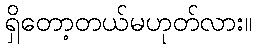
ရှိတော့တယ်မဟုတ်လား။